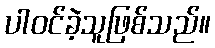
ပါဝင်ခဲ့သူဖြစ်သည်။